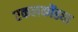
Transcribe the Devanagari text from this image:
एकलकोंड्या